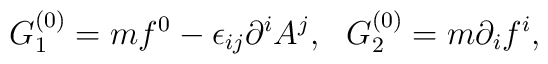
G^{(0)}_1 = mf^0-\epsilon_{ij}\partial^iA^j,~~G^{(0)}_2=m\partial_i f^i,